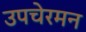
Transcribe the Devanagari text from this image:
उपचेरमन